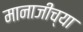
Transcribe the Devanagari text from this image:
मानाजीच्या